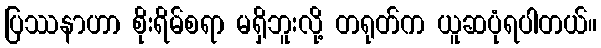
ပြဿနာဟာ စိုးရိမ်စရာ မရှိဘူးလို့ တရုတ်က ယူဆပုံရပါတယ်။